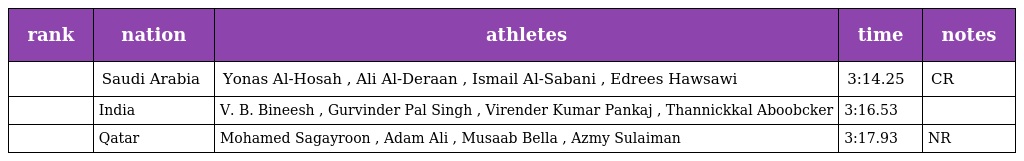
| rank | nation | athletes | time | notes |
 | --- | --- | --- | --- | --- |
 |  | Saudi Arabia | Yonas Al-Hosah , Ali Al-Deraan , Ismail Al-Sabani , Edrees Hawsawi | 3:14.25 | CR |
 |  | India | V. B. Bineesh , Gurvinder Pal Singh , Virender Kumar Pankaj , Thannickkal Aboobcker | 3:16.53 |  |
 |  | Qatar | Mohamed Sagayroon , Adam Ali , Musaab Bella , Azmy Sulaiman | 3:17.93 | NR |